Lunatic asylums Central Provinces reports 1895-1909 - 1895-1909
Year: 1895
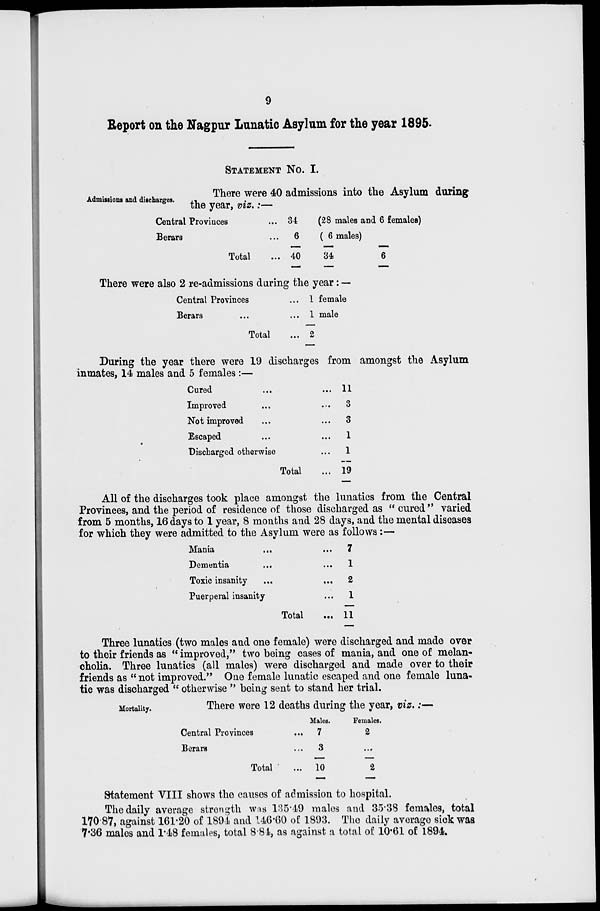
9
Report on the Nagpur Lunatic Asylum for the year 1895.
STATEMENT NO. I.
Admissions and di scharges.
There were 40 admissions into the Asylum during
the year, viz.:—
Central Provinces ...
Berars ...
Total ...
34
6
40
(28 males and 6 females)
( 6 males)
34
6
There were also 2 re-admissions during the year: —
Central Provinces ...
Berars ... ...
Total ...
1 female
1 male
2
During the year there were 19 discharges from amongst the Asylum
inmates, 14 males and 5 females:—
Cured ... ...
Improved ... ...
Not improved ... ...
Escaped ... ...
Discharged otherwise ...
Total ...
11
3
3
1
1
19
All of the discharges took place amongst the lunatics from the Central
Provinces, and the period of residence of those discharged as "cured" varied
from 5 months, 16 days to 1 year, 8 months and 28 days, and the mental diseases
for which they were admitted to the Asylum were as follows:—
Mania
...
...
Dementia ... ...
Toxic insanity ... ...
Puerperal insanity ...
Total ...
7
1
2
1
11
Three lunatics (two males and one female) were discharged and made over
to their friends as " improved," two being cases of mania, and one of melan-
cholia. Three lunatics (all males) were discharged and made over to their
friends as "not improved." One female lunatic escaped and one female luna-
tic was discharged " otherwise " being sent to stand her trial.
Mortality.
There were 12 deaths during the year, viz.:—
Central Provinces ...
Berars ... ...
Total
...
Males.
7
3
10
Females.
2
...
2
Statement VIII shows the causes of admission to hospital.
The daily average strength was 135.49 males and 35.38 females, total
170.87, against 161.20 of 1894 and 146.60 of 1893. The daily average sick was
7.36 males and 1.48 females, total 8.84, as against a total of 10.61 of 1894.